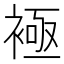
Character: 𧛘